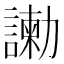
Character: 𠣂